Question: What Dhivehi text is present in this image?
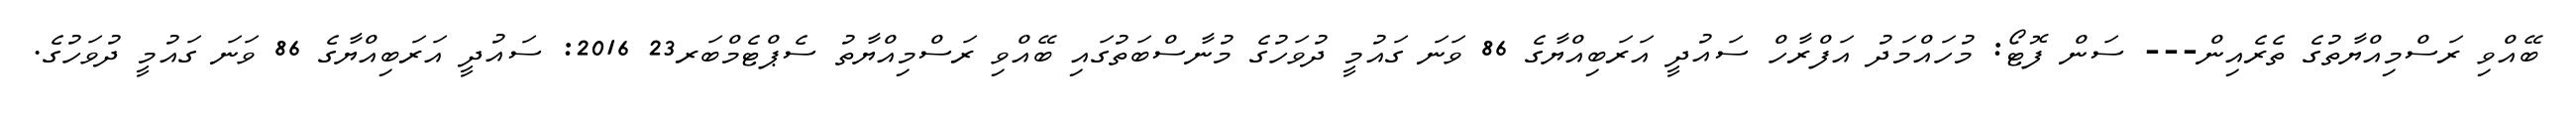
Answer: ބޭއްވި ރަސްމިއްޔާތުގެ ތެރެއިން--- ސަން ފޮޓޯ: މުހައްމަދު އަފްރާހް ސައުދީ އަރަބިއްޔާގެ 86 ވަނަ ގައުމީ ދުވަހުގެ މުނާސްބަތުގައި ބޭއްވި ރަސްމިއްޔާތު ސެޕްޓެމްބަރ23 2016: ސައުދީ އަރަބިއްޔާގެ 86 ވަނަ ގައުމީ ދުވަހުގެ.